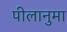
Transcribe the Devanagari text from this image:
पीलानुमा